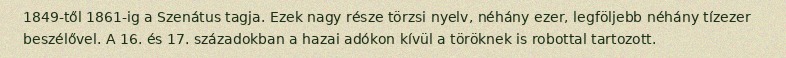
1849-től 1861-ig a Szenátus tagja. Ezek nagy része törzsi nyelv, néhány ezer, legföljebb néhány tízezer beszélővel. A 16. és 17. századokban a hazai adókon kívül a töröknek is robottal tartozott.